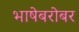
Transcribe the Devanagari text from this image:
भाषेबरोबर